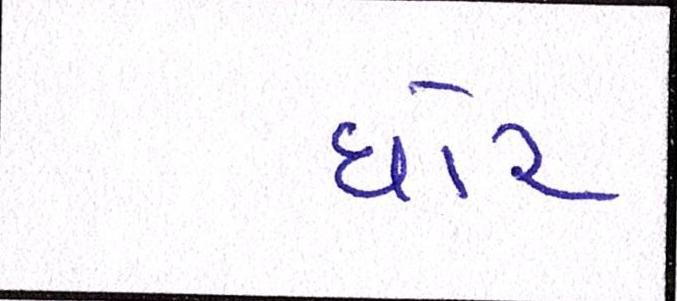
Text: ઘોર